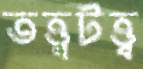
তত্ত্বটত্ত্ব